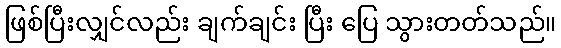
ဖြစ်ပြီးလျှင်လည်း ချက်ချင်း ပြီး ပြေ သွားတတ်သည်။